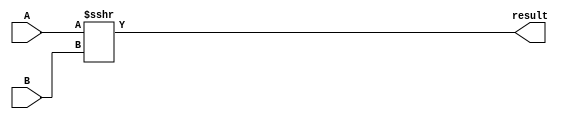
module ShiftRightA(input wire [31:0] A, B, output wire [31:0] result);
	
	assign result = A >>> B;

endmodule